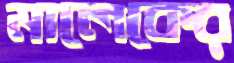
মালেকের